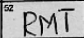
Transcription: RMT